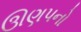
ઊણપનો